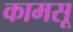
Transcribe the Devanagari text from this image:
कामसू